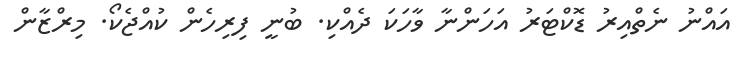
އައްނު ނެތްއިރު ޑޮކްޓަރު އަހަންނާ ވާހަކަ ދެއްކި. ބުނީ ފިރިހެން ކުއްޖެކޯ. މިރްޒާން